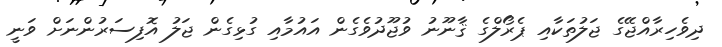
ދިވެހިރާއްޖޭގެ ޖަލުތަކާއި ޕެރޯލްގެ ޤާނޫނު ވުޖޫދުވެގެން އައުމާއި ގުޅިގެން ޖަލު އޮފިސަރުންނަށް ވަނީ